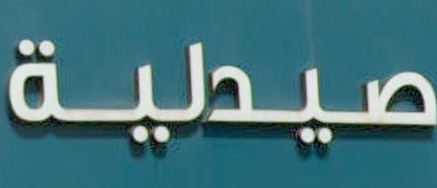
صيدية